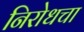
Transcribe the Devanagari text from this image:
निरोधचा